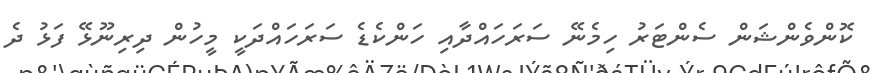
ކޮންވެންޝަން ސެންޓަރު ހިމެނޭ ސަރަހައްދާއި ހަންކެޑެ ސަރަހައްދަކީ މީހުން ދިރިނޫޅޭ ފަޅު ދެ